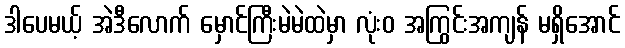
ဒါပေမယ့် အဲဒီလောက် မှောင်ကြီးမဲမဲထဲမှာ လုံးဝ အကြွင်းအကျန် မရှိအောင်